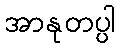
အာနုတပ္ပါ